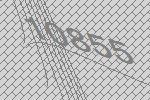
10855